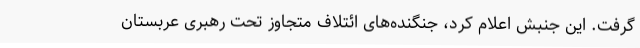
گرفت‌. این جنبش اعلام کرد، جنگنده‌های ائتلاف متجاوز تحت رهبری عربستان